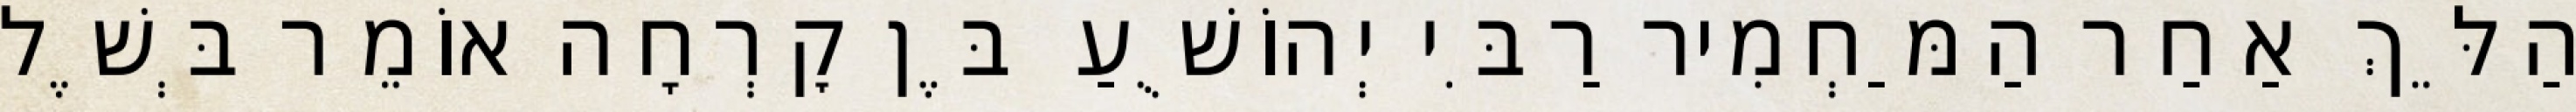
הַלֵּךְ אַחַר הַמַּחְמִיר רַבִּי יְהוֹשֻׁעַ בֶּן קׇרְחָה אוֹמֵר בְּשֶׁל